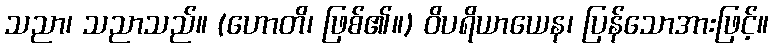
သညာ၊ သညာသည်။ (ဟောတိ၊ ဖြစ်၏။) ဝိပရိယာယေန၊ ပြန်သောအားဖြင့်။